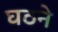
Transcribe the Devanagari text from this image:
घठने